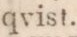
qvist.